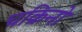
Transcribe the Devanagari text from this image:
चक्रिनो